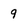
Character: 9